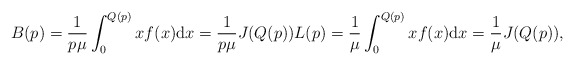
\begin{align*}B(p)=\frac{1}{p\mu}\int_{0}^{Q(p)}xf(x) \mathrm{d}x=\frac{1}{p\mu}J(Q(p))L(p)=\frac{1}{\mu}\int_{0}^{Q(p)}xf(x) \mathrm{d}x=\frac{1}{\mu}J(Q(p)),\end{align*}